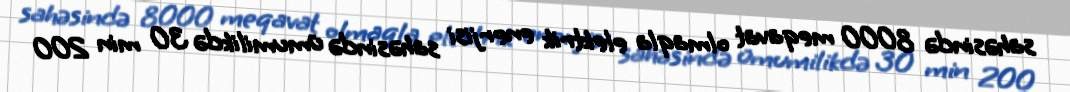
sahəsində 8000 meqavat olmaqla elektrik enerjisi sahəsində ümumilikdə 30 min 200